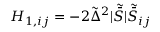
H _ { 1 , i j } = - 2 \tilde { \Delta } ^ { 2 } | \tilde { \bar { S } } | \tilde { \bar { S } } _ { i j }